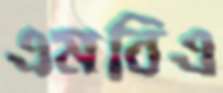
এমবিএ